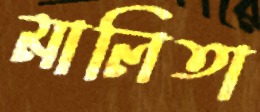
মালিতা